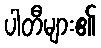
ပါတီများ၏